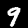
Digit: 9